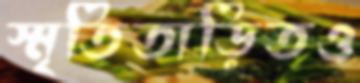
স্মৃতিতাড়িতও